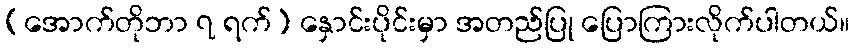
(အောက်တိုဘာ ၇ ရက်) နှောင်းပိုင်းမှာ အတည်ပြု ပြောကြားလိုက်ပါတယ်။